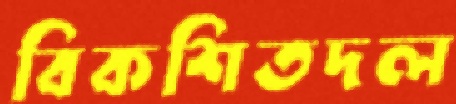
বিকশিতদল